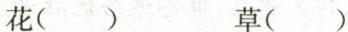
花() 草()